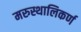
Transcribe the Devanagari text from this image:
मरुस्थालिकर्ण